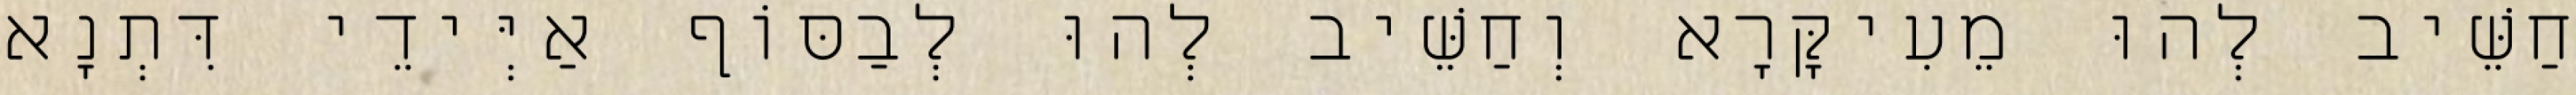
חַשֵּׁיב לְהוּ מֵעִיקָּרָא וְחַשֵּׁיב לְהוּ לְבַסּוֹף אַיְּידֵי דִּתְנָא